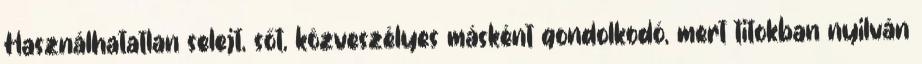
Használhatatlan se­lejt, sőt, közveszélyes másként gondolkodó, mert titokban nyilván